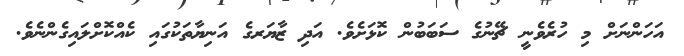
އަހަންނަށް މި ހުރެވެނީ ޗޭނުގެ ސަބަބުން ކޮޅަށެވެ. އަދި ޒާޔަރގެ އަނިޔާތަކުގައި ކެއްކޮށްލައިގެންނެވެ.